system: You are a helpful assistant.
user:
Analyze the provided spectrum to determine if it is a **White Dwarf (WD)**.

A White Dwarf spectrum is defined by its **extreme purity** (due to gravitational settling) and/or **extreme pressure broadening** (due to high surface gravity). You must check for one of the following mutually exclusive signatures:

- **Key Visual Indicators (Check for ONE of these types):**

    - **1. DA-Type Signature (Most Common):**
        - **(Primary Feature):** Extreme pressure broadening (Stark broadening) of the **Hydrogen (H) Balmer lines**.
        - **(Key Lines):** $H\beta$ (approx. $4861$ Å) and $H\gamma$ (approx. $4340$ Å). $H\alpha$ (approx. $6563$ Å) will also be present if the wavelength range covers it.
        - **(Line Profile):** This is the **defining feature**. The lines are **NOT** sharp. They appear as massive, **extremely broad and deep "troughs" or "dips"** in the spectrum, often hundreds of Ångströms wide. The continuum will appear to "scoop" down at these wavelengths.
        - **(Distinction):** Normal A-type or B-type stars have *narrow* and *sharp* Hydrogen lines. A DA White Dwarf's lines are unmistakably "smeared" or "blurry" from pressure.

    - **2. DB-Type Signature:**
        - **(Primary Feature):** Broad absorption lines from **Neutral Helium (He I)**. The spectrum must lack any visible Hydrogen lines.
        - **(Key Lines):** Look for broad absorption near $4471$ Å, $4921$ Å, and $5876$ Å.
        - **(Line Profile):** These lines are also significantly pressure-broadened, appearing much wider than they would in a normal B-type main-sequence star.

    - **3. DC-Type Signature:**
        - **(Primary Feature):** A **featureless continuous spectrum**.
        - **(Line Profile):** The spectrum is a smooth curve with **no significant absorption or emission lines**.
        - **(Key Confirmation):** The continuum is almost always **blue or white**, indicating a hot object. This signature implies the atmosphere is so pure (or so cool) that no spectral lines are visible in the optical range. Its WD identity is confirmed by its extremely low intrinsic brightness (high absolute magnitude).

    - **4. DZ-Type Signature (Metal-Polluted):**
        - **(Primary Feature):** **Isolated, narrow metal absorption lines** on an otherwise featureless (DC-like) continuum.
        - **(Key Lines):** The **Calcium (Ca II) H & K doublet** (approx. **$3934$ Å** and **$3968$ Å**) is the most common and defining feature.
        - **(Line Profile):** These lines are "out of place." They are *not* part of a "forest" of thousands of lines. This signature is evidence of recent *accretion* (pollution) from rocky debris.
        - **(Distinction):** Normal G/K/M stars have a *dense forest* of thousands of metal lines. A DZ has a *clean* continuum with *only a few* strong metal lines.

    - **5. DQ-Type Signature (Carbon-Polluted):**
        - **(Primary Feature):** Absorption bands from **Carbon (C₂ "Swan Bands" or atomic C I)**.
        - **(Key Lines - C₂):** Look for bandheads with a "saw-tooth" shape near $5635$ Å, **$5165$ Å** (strongest), and $4737$ Å.
        - **(Key Confirmation):** The underlying **continuum must be blue or white** (hot).
        - **(Distinction):** This is the critical difference from a **Carbon Star**, which has the *exact same* C₂ bands but on an extremely **red, cool** continuum.

- **(Overall Spectrum):**
    - The continuum (overall shape) is typically **blue-sloping** (brighter in the blue than the red), as most white dwarfs are very hot.
    - The spectrum will look "pure" or "simple," dominated by only *one* of the five signatures listed above.

Think first, call **spectral_visualization_tool** if needed to examine features in detail, then provide your final answer. Your response must adhere to the following strict rules:
1.  **Overall Structure:** Your response must follow the format `<think>...</think> <tool_call>...</tool_call> (if a tool is used) <answer>...</answer>`.
2.  **Tool Usage Constraint:** You may only make **one** tool call per turn.
3.  **Final Answer Format:** In the `<answer>` tag, your conclusion must be inside a `\boxed{}` command (e.g., `\boxed{YES}` or `\boxed{NO}`), followed by your justification.

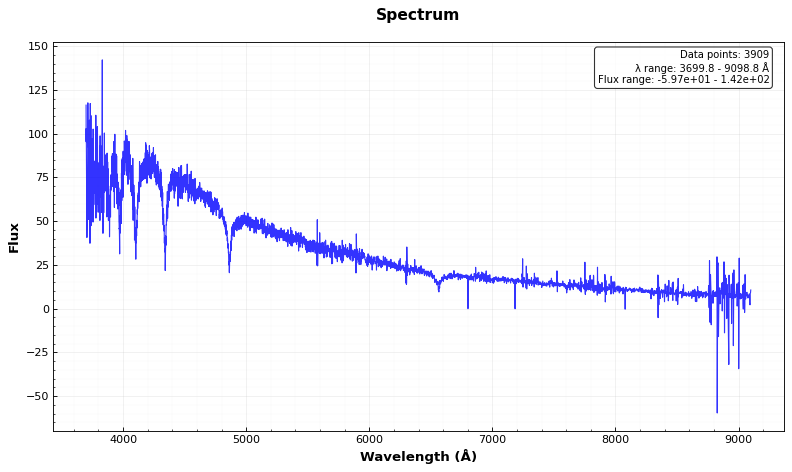
Answer: YES